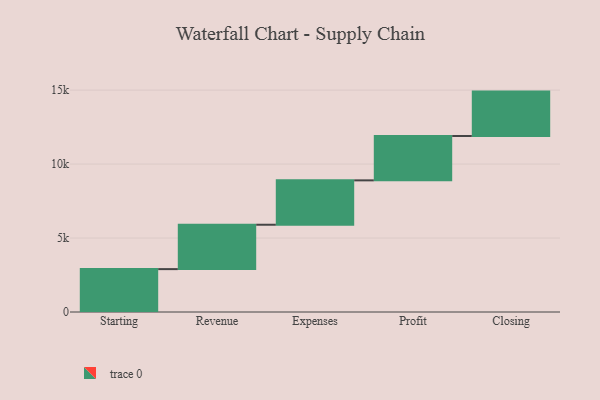
{"axis": {"x": "Step", "y": "Value"}, "legend": [""], "data": [{"x": "Starting", "y": 2899.0, "type": ""}, {"x": "Revenue", "y": 3000, "type": ""}, {"x": "Expenses", "y": 3000, "type": ""}, {"x": "Profit", "y": 3000, "type": ""}, {"x": "Closing", "y": 3000, "type": ""}]}